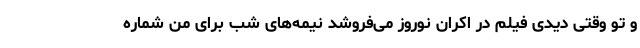
و تو وقتی دیدی فیلم در اکران نوروز می‌فروشد نیمه‌های شب برای من شماره